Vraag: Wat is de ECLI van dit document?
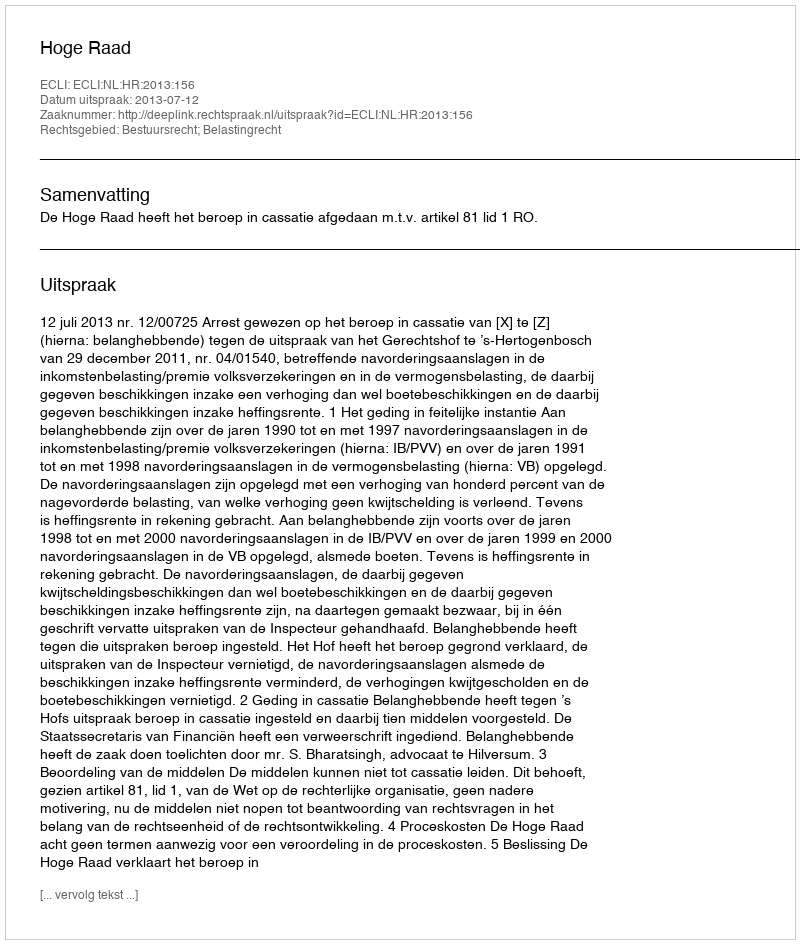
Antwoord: ECLI:NL:HR:2013:156